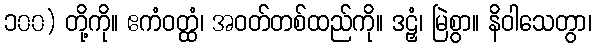
၁၀၀) တို့ကို။ ဧကံဝတ္ထံ၊ အဝတ်တစ်ထည်ကို။ ဒဠှံ၊ မြဲစွာ။ နိဝါသေတွာ၊